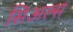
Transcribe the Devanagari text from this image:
सिअल्स